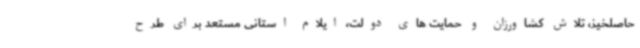
حاصلخیز، تلاش کشاورزان و حمایت های دولت، ایلام استانی مستعد برای طرح